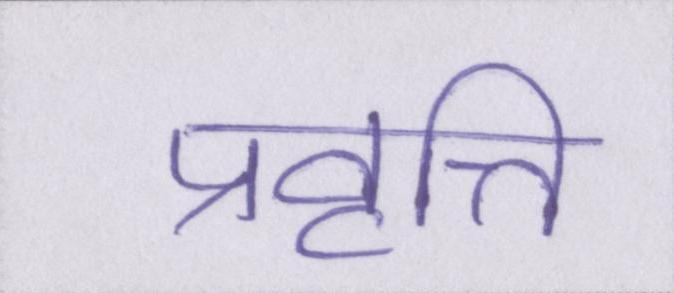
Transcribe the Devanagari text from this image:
प्रवृत्ति